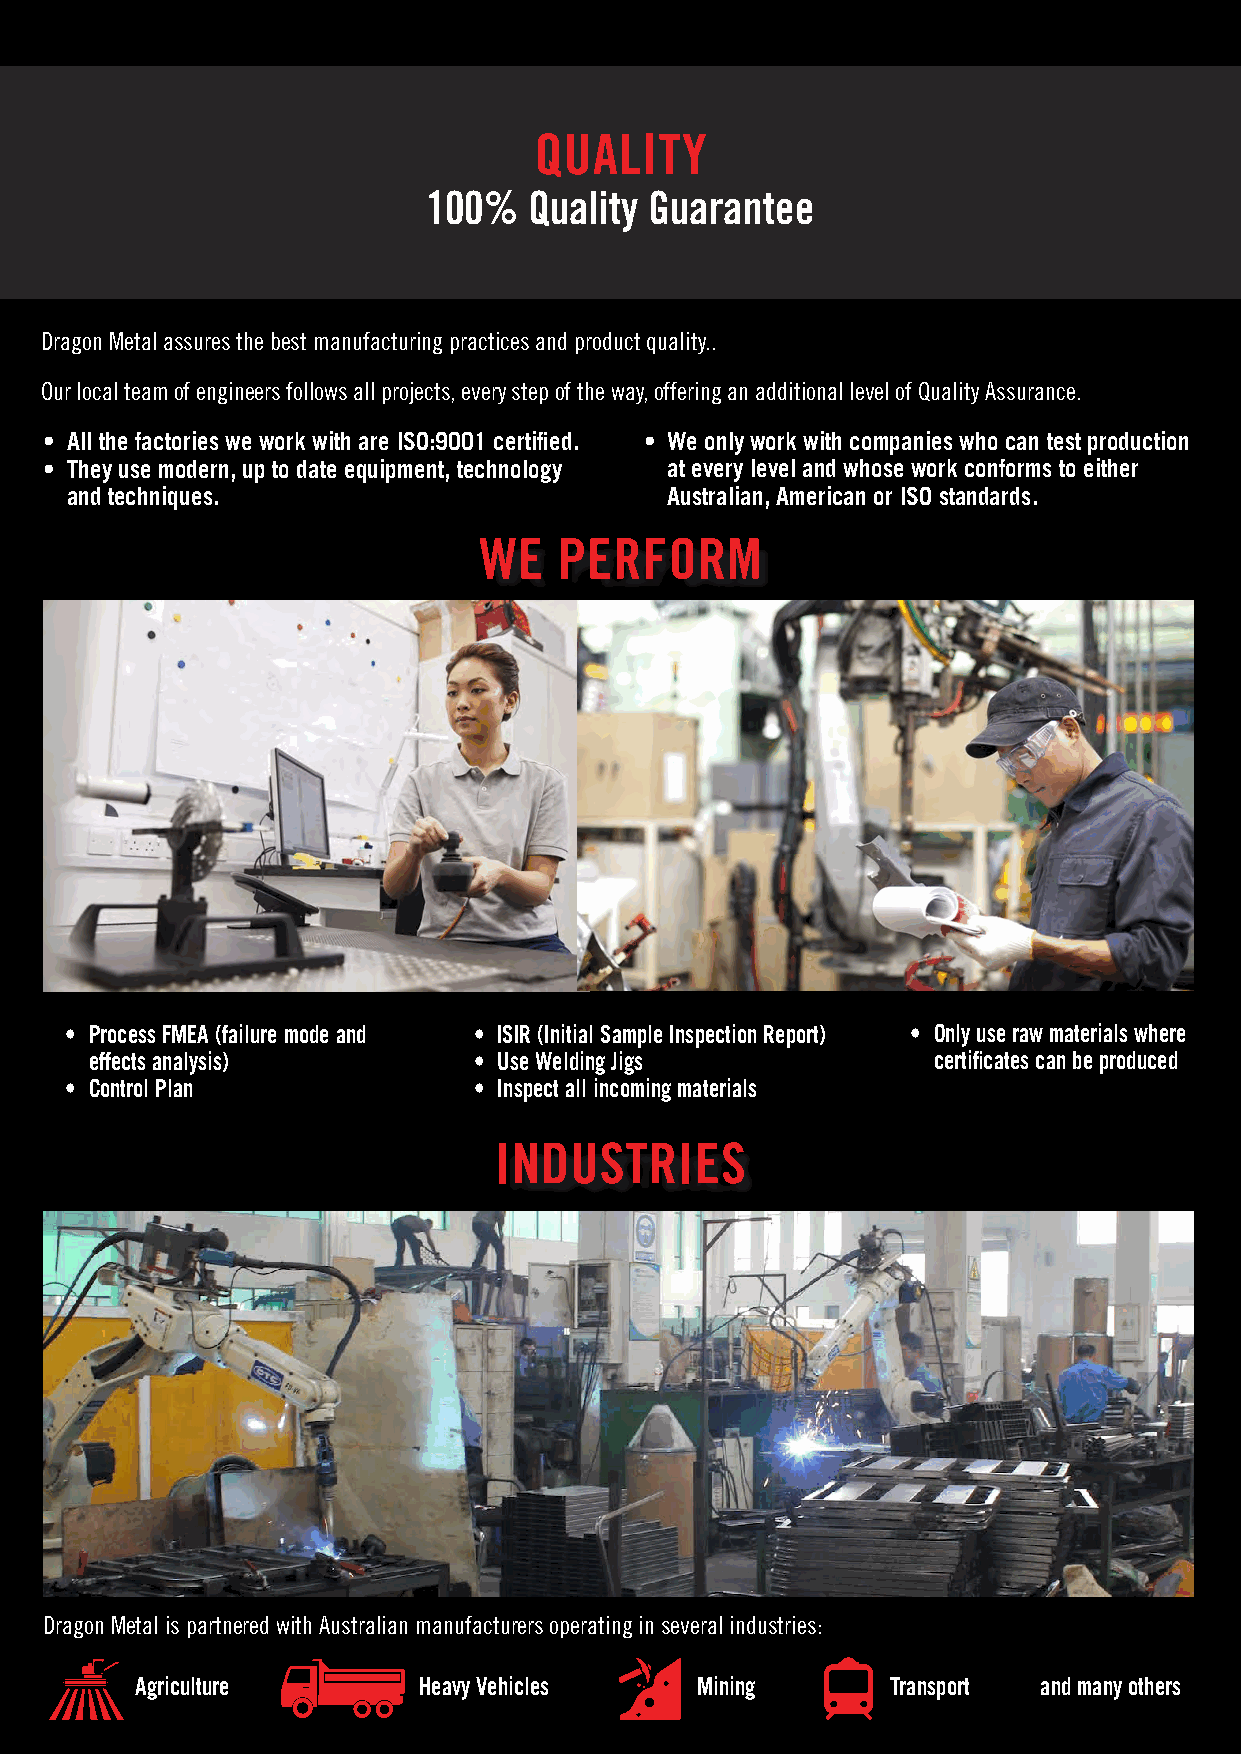
QUALITY
 100%   Quality Guarantee
 Dragon Metal assures the best manufacturing practices and product quality..
 Our local team of engineers follows all projects, every step of the way, offering an additional level of Quality Assurance.
 • All the factories we work with are ISO:9001 certified. • We only work with companies who can test production
 • They use modern, up to date equipment, technology at every level and whose work conforms to either
 and techniques.                         Australian, American or ISO standards.
 WE   PERFORM
 • Process FMEA (failure mode and • ISIR (Initial Sample Inspection Report) • Only use raw materials where
 effects analysis)        • Use Welding Jigs             certificates can be produced
 • Control Plan             • Inspect all incoming materials
 INDUSTRIES
 Dragon Metal is partnered with Australian manufacturers operating in several industries:
 Agriculture        Heavy Vehicles    Mining       Transport and many others